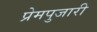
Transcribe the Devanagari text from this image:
प्रेमपुजारी